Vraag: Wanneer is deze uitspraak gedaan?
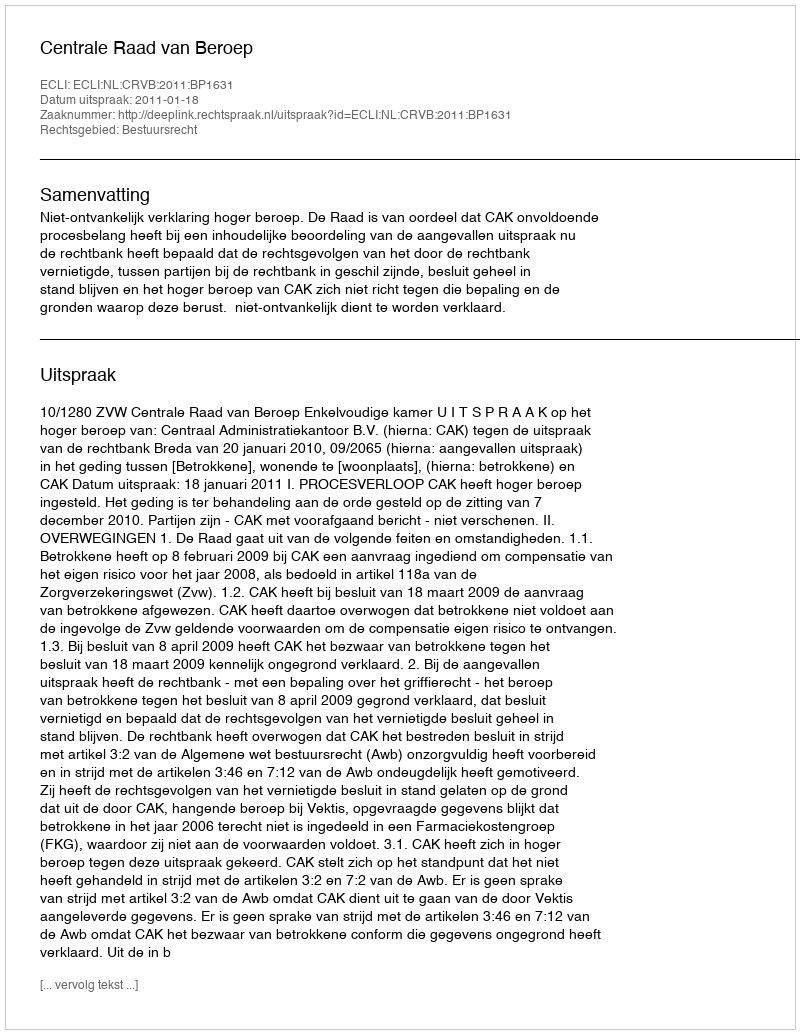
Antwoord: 2011-01-18